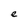
Character: e